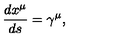
\frac { d x ^ { \mu } } { d s } = \gamma ^ { \mu } ,